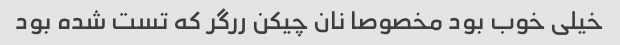
خیلی خوب بود مخصوصا نان چیکن ررگر که تست شده بود